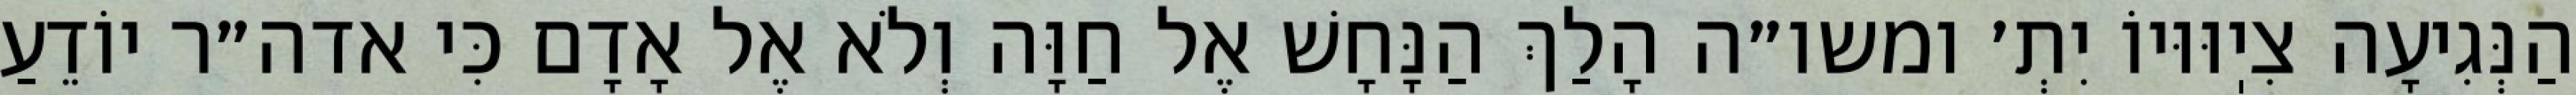
הַנְּגִיעָה צִיֽוּוּיוֹ יִתְ׳ ומשו״ה הָלַךְ הַנָּחָשׁ אֶל חַוָּה וְלֹא אֶל אָדָם כִּי אדה״ר יוֹדֵעַ